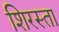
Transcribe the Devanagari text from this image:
शिरस्ता